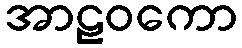
အာဠဝကော